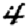
Digit: 4